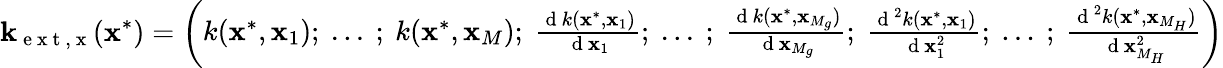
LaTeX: \textbf{k}_{\mathrm{~e~x~t~,~x~}}(\textbf{x}^{*})=\left(\begin{array}{l}{k(\textbf{x}^{*},\textbf{x}_{1});~...~;~k(\textbf{x}^{*},\textbf{x}_{M});~\frac{\mathrm{~d~}k(\textbf{x}^{*},\textbf{x}_{1})}{\mathrm{~d~}\textbf{x}_{1}};~...~;~\frac{\mathrm{~d~}k(\textbf{x}^{*},\textbf{x}_{M_{g}})}{\mathrm{~d~}\textbf{x}_{M_{g}}};~\frac{\mathrm{~d~}^{2}k(\textbf{x}^{*},\textbf{x}_{1})}{\mathrm{~d~}\textbf{x}_{1}^{2}};~...~;~\frac{\mathrm{~d~}^{2}k(\textbf{x}^{*},\textbf{x}_{M_{H}})}{\mathrm{~d~}\textbf{x}_{M_{H}}^{2}}}\end{array}\right)